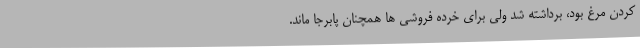
کردن مرغ بود، برداشته شد ولی برای خرده فروشی ها همچنان پابرجا ماند.